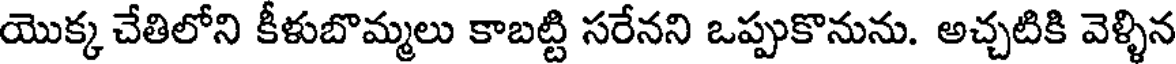
యొక్క చేతిలోని కీళుబొమ్మలు కాబట్టి సరేనని ఒప్పుకొనును. అచ్చటికి వెళ్ళిన